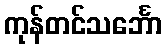
ကုန်တင်သင်္ဘော